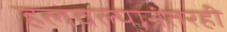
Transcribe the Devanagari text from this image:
हलवल्यानंतरही